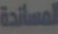
المساندة